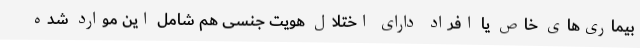
بیماری‌های خاص یا افراد دارای اختلال هویت جنسی هم شامل این موارد شده